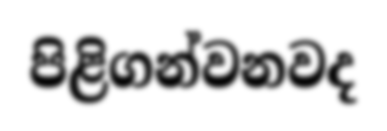
පිළිගන්වනවද